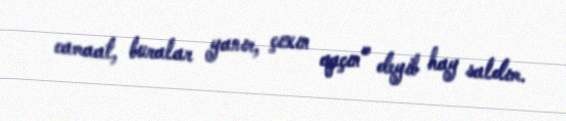
camaat, buralar yanır, çıxın qaçın” deyib hay saldım.